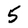
Character: 5